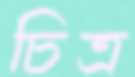
চিত্র